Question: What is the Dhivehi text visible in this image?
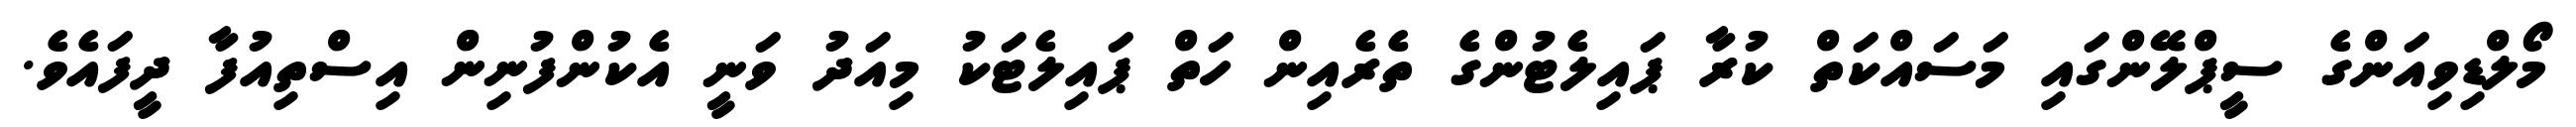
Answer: މޯލްޑިވިއަންގެ ސީޕްލޭންގައި މަސައްކަތް ކުރާ ޕައިލެޓުންގެ ތެރެއިން ހަތް ޕައިލެޓަކު މިއަދު ވަނީ އެކުންފުނިން އިސްތިއުފާ ދީފައެވެ.